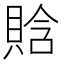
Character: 𧶗